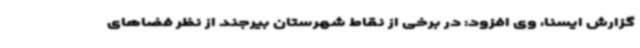
گزارش ایسنا، وی افزود: در برخی از نقاط شهرستان بیرجند از نظر فضاهای